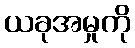
ယခုအမှုကို